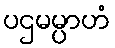
ပဌမမ္ပာဟံ